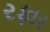
રફાર